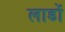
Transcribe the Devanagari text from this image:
लाडों